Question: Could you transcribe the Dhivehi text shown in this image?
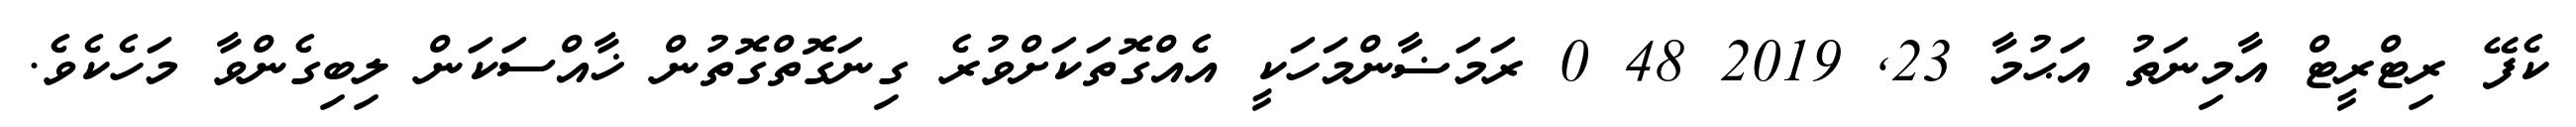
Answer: ކެފޭ ރިޓްރީޓް އާމިނަތު އަޙުމާ 23, 2019 48 0 ރަމަޟާންމަހަކީ އެއްގޮތަކަށްވުރެ ގިނަގޮތްގޮތުން ޚާއްސަކަން ލިބިގެންވާ މަހެކެވެ.